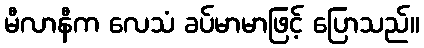
မီလာနီက လေသံ ခပ်မာမာဖြင့် ပြောသည်။